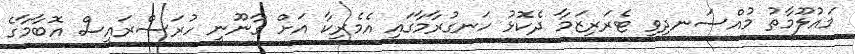
މައުލޫމާތު މުއްސަނދިވި ޓެރަރިޒަމާ ދެކޮޅު ހަނގުރާމާގައި އެމެރިކާ އަށް ގާނޫނީ ހުރަސްރައީސް އޮބާމާގެ